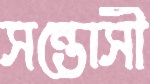
সন্তোসী